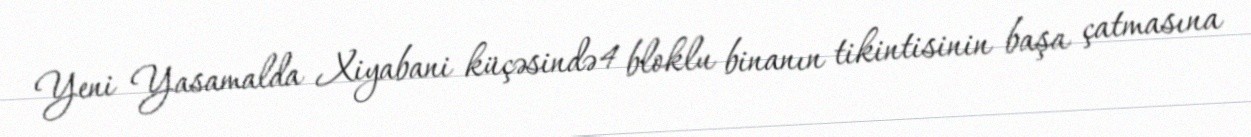
Yeni Yasamalda Xiyabani küçəsində 4 bloklu binanın tikintisinin başa çatmasına